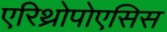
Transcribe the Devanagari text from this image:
एरिथ्रोपोएसिस